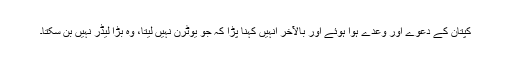
کپتان کے دعوے اور وعدے ہَوا ہوئے اور بالآخر اُنہیں کہنا پڑا کہ جو یوٹرن نہیں لیتا، وہ بڑا لیڈر نہیں بن سکتا۔